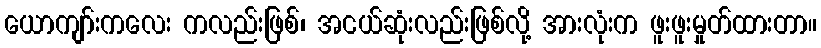
ယောကျာ်းကလေး ကလည်းဖြစ်၊ အငယ်ဆုံးလည်းဖြစ်လို့ အားလုံးက ဖူးဖူးမှုတ်ထားတာ။